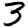
Digit: 3